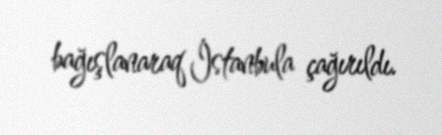
bağışlanaraq İstanbula çağırıldı.